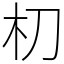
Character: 朷